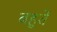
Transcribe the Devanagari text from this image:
बहुतें